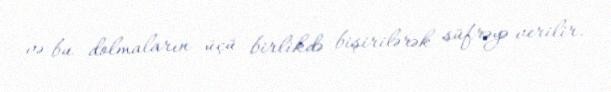
və bu dolmaların üçü birlikdə bişirilərək süfrəyə verilir.